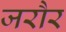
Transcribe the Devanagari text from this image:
जरौर